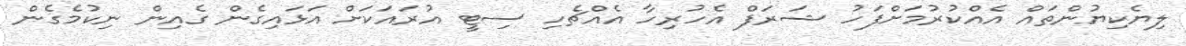
ލިޔެކިޔުންތައް އެއްކުރުމަށްފަހު ޝަރަފް އެހުރިހާ އެއްޗެހި ސިޓީ އުރައަކަށް އަޅައިގެން ގެއިން ނިކުމެގެން